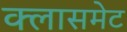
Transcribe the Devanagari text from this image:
क्लासमेट